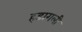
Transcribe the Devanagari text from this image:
हडागली